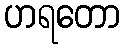
ဟရတော